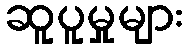
ဆူပူမှုများ